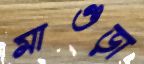
মাগুড়া